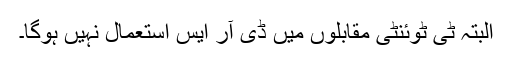
البتہ ٹی ٹوئنٹی مقابلوں میں ڈی آر ایس استعمال نہیں ہوگا۔